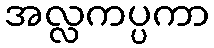
အလ္လကပ္ပကာ